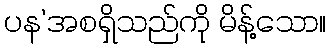
ပန’အစရှိသည်ကို မိန့်သော။